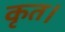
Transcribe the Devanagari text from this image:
कृत।